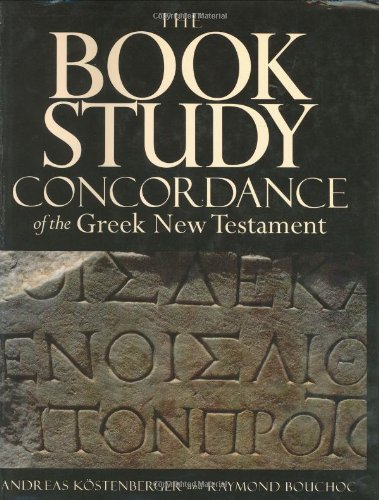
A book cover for The Book Study Concordance; Andreas J. Kostenberger; Christian Books & Bibles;